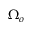
\Omega _ { o }